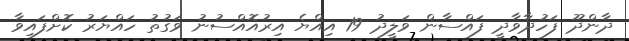
ދާންދޫ ފަހުދާވާދީ ފައްސާން ވަލީދު 19 އިއްޔެ އިރުއޮއްސުނު ވަގުތު ހައްޔަރު ކޮށްފައިވާ